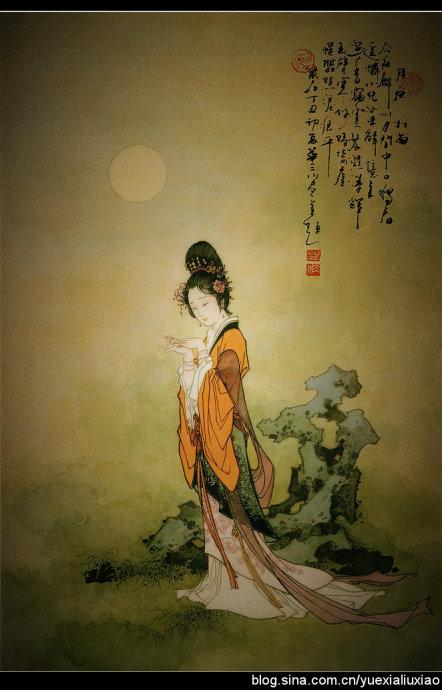
香雾云鬟湿，清辉玉臂寒。